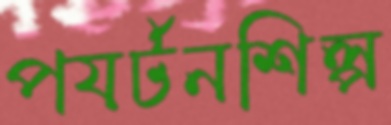
পযর্টনশিল্প